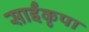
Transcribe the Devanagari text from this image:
साईंकृपा